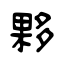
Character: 夥